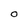
Character: O